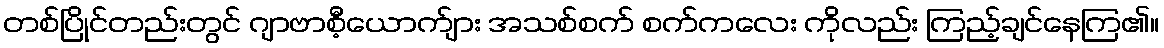
တစ်ပြိုင်တည်းတွင် ဂျာဗာစီ့ယောက်ျား အသစ်စက် စက်ကလေး ကိုလည်း ကြည့်ချင်နေကြ၏။